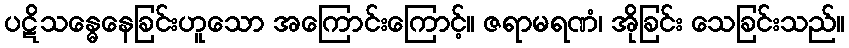
ပဋိသန္ဓေနေခြင်းဟူသော အကြောင်းကြောင့်။ ဇရာမရဏံ၊ အိုခြင်း သေခြင်းသည်။